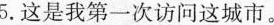
5.这是我第一次访问这城市。